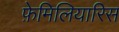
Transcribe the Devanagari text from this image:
फ़ेमिलियारिस